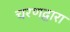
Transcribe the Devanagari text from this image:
चरणद्वारा